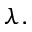
\lambda .